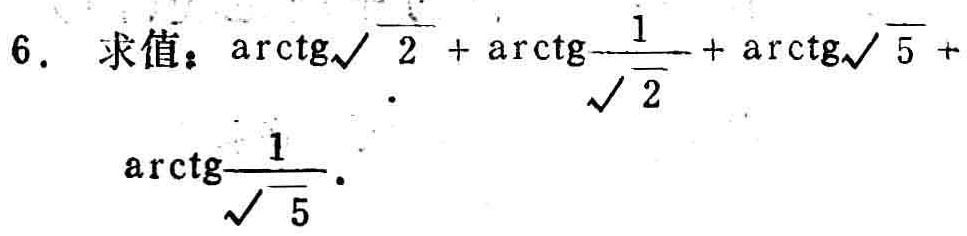
$6.\ 求值：\mathrm{arctg}\sqrt{2}+\mathrm{arctg}\frac{1}{\sqrt{2}}+\mathrm{arctg}\sqrt{5}+\mathrm{arctg}\frac{1}{\sqrt{5}}.$